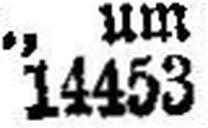
14453